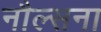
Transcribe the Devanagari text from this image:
नौल्सना